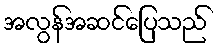
အလွန်အဆင်ပြေသည်